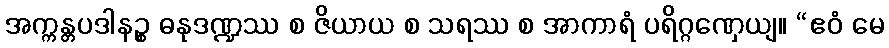
အက္ကန္တပဒါနဉ္စ ဓနုဒဏ္ဍဿ စ ဇိယာယ စ သရဿ စ အာကာရံ ပရိဂ္ဂဏှေယျ။ “ဧဝံ မေ